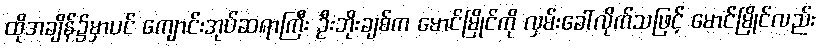
ထိုအချိန်၌မှာပင် ကျောင်းအုပ်ဆရာကြီး ဦးဘိုးချစ်က မောင်မြိုင်ကို လှမ်းခေါ်လိုက်သဖြင့် မောင်မြိုင်လည်း